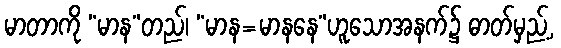
မာတာကို “မာန”တည်၊ “မာန=မာနနေ”ဟူသောအနက်၌ ဓာတ်မှည့်,